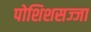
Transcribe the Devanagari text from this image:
पोशिशसज्जा